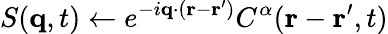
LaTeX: S(\mathbf{q},t)\gets e^{-i\mathbf{q}\cdot(\mathbf{r}-\mathbf{r^{\prime}})}C^{\alpha}(\mathbf{r}-\mathbf{r^{\prime}},t)